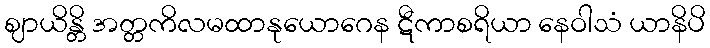
ဈာယိန္တိ အတ္တကိလမထာနုယောဂေန ဋီကာစရိယာ နေဝါသံ ယာနိပိ